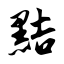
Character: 黠